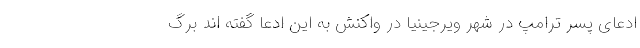
ادعای پسر ترامپ در شهر ویرجینیا در واکنش به این ادعا گفته اند برگ